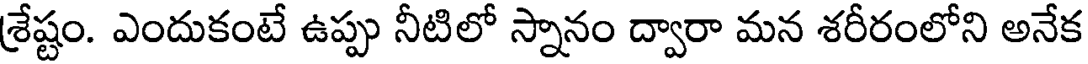
శ్రేష్టం. ఎందుకంటే ఉప్పు నీటిలో స్నానం ద్వారా మన శరీరంలోని అనేక